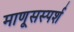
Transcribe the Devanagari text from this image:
माणूसस्पर्श